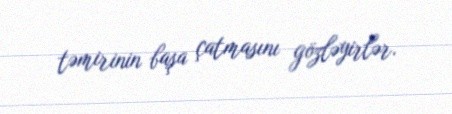
təmirinin başa çatmasını gözləyirlər.